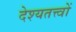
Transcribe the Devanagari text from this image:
देश्यतत्त्वों